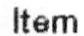
ITEM